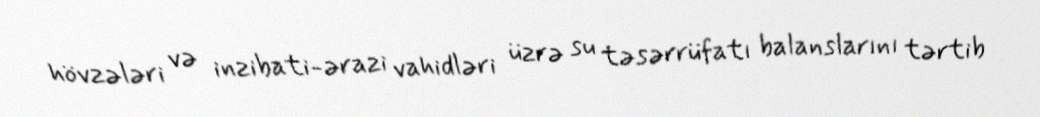
hövzələri və inzibati-ərazi vahidləri üzrə su təsərrüfatı balanslarını tərtib